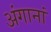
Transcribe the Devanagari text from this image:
अंगानां